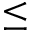
\leq